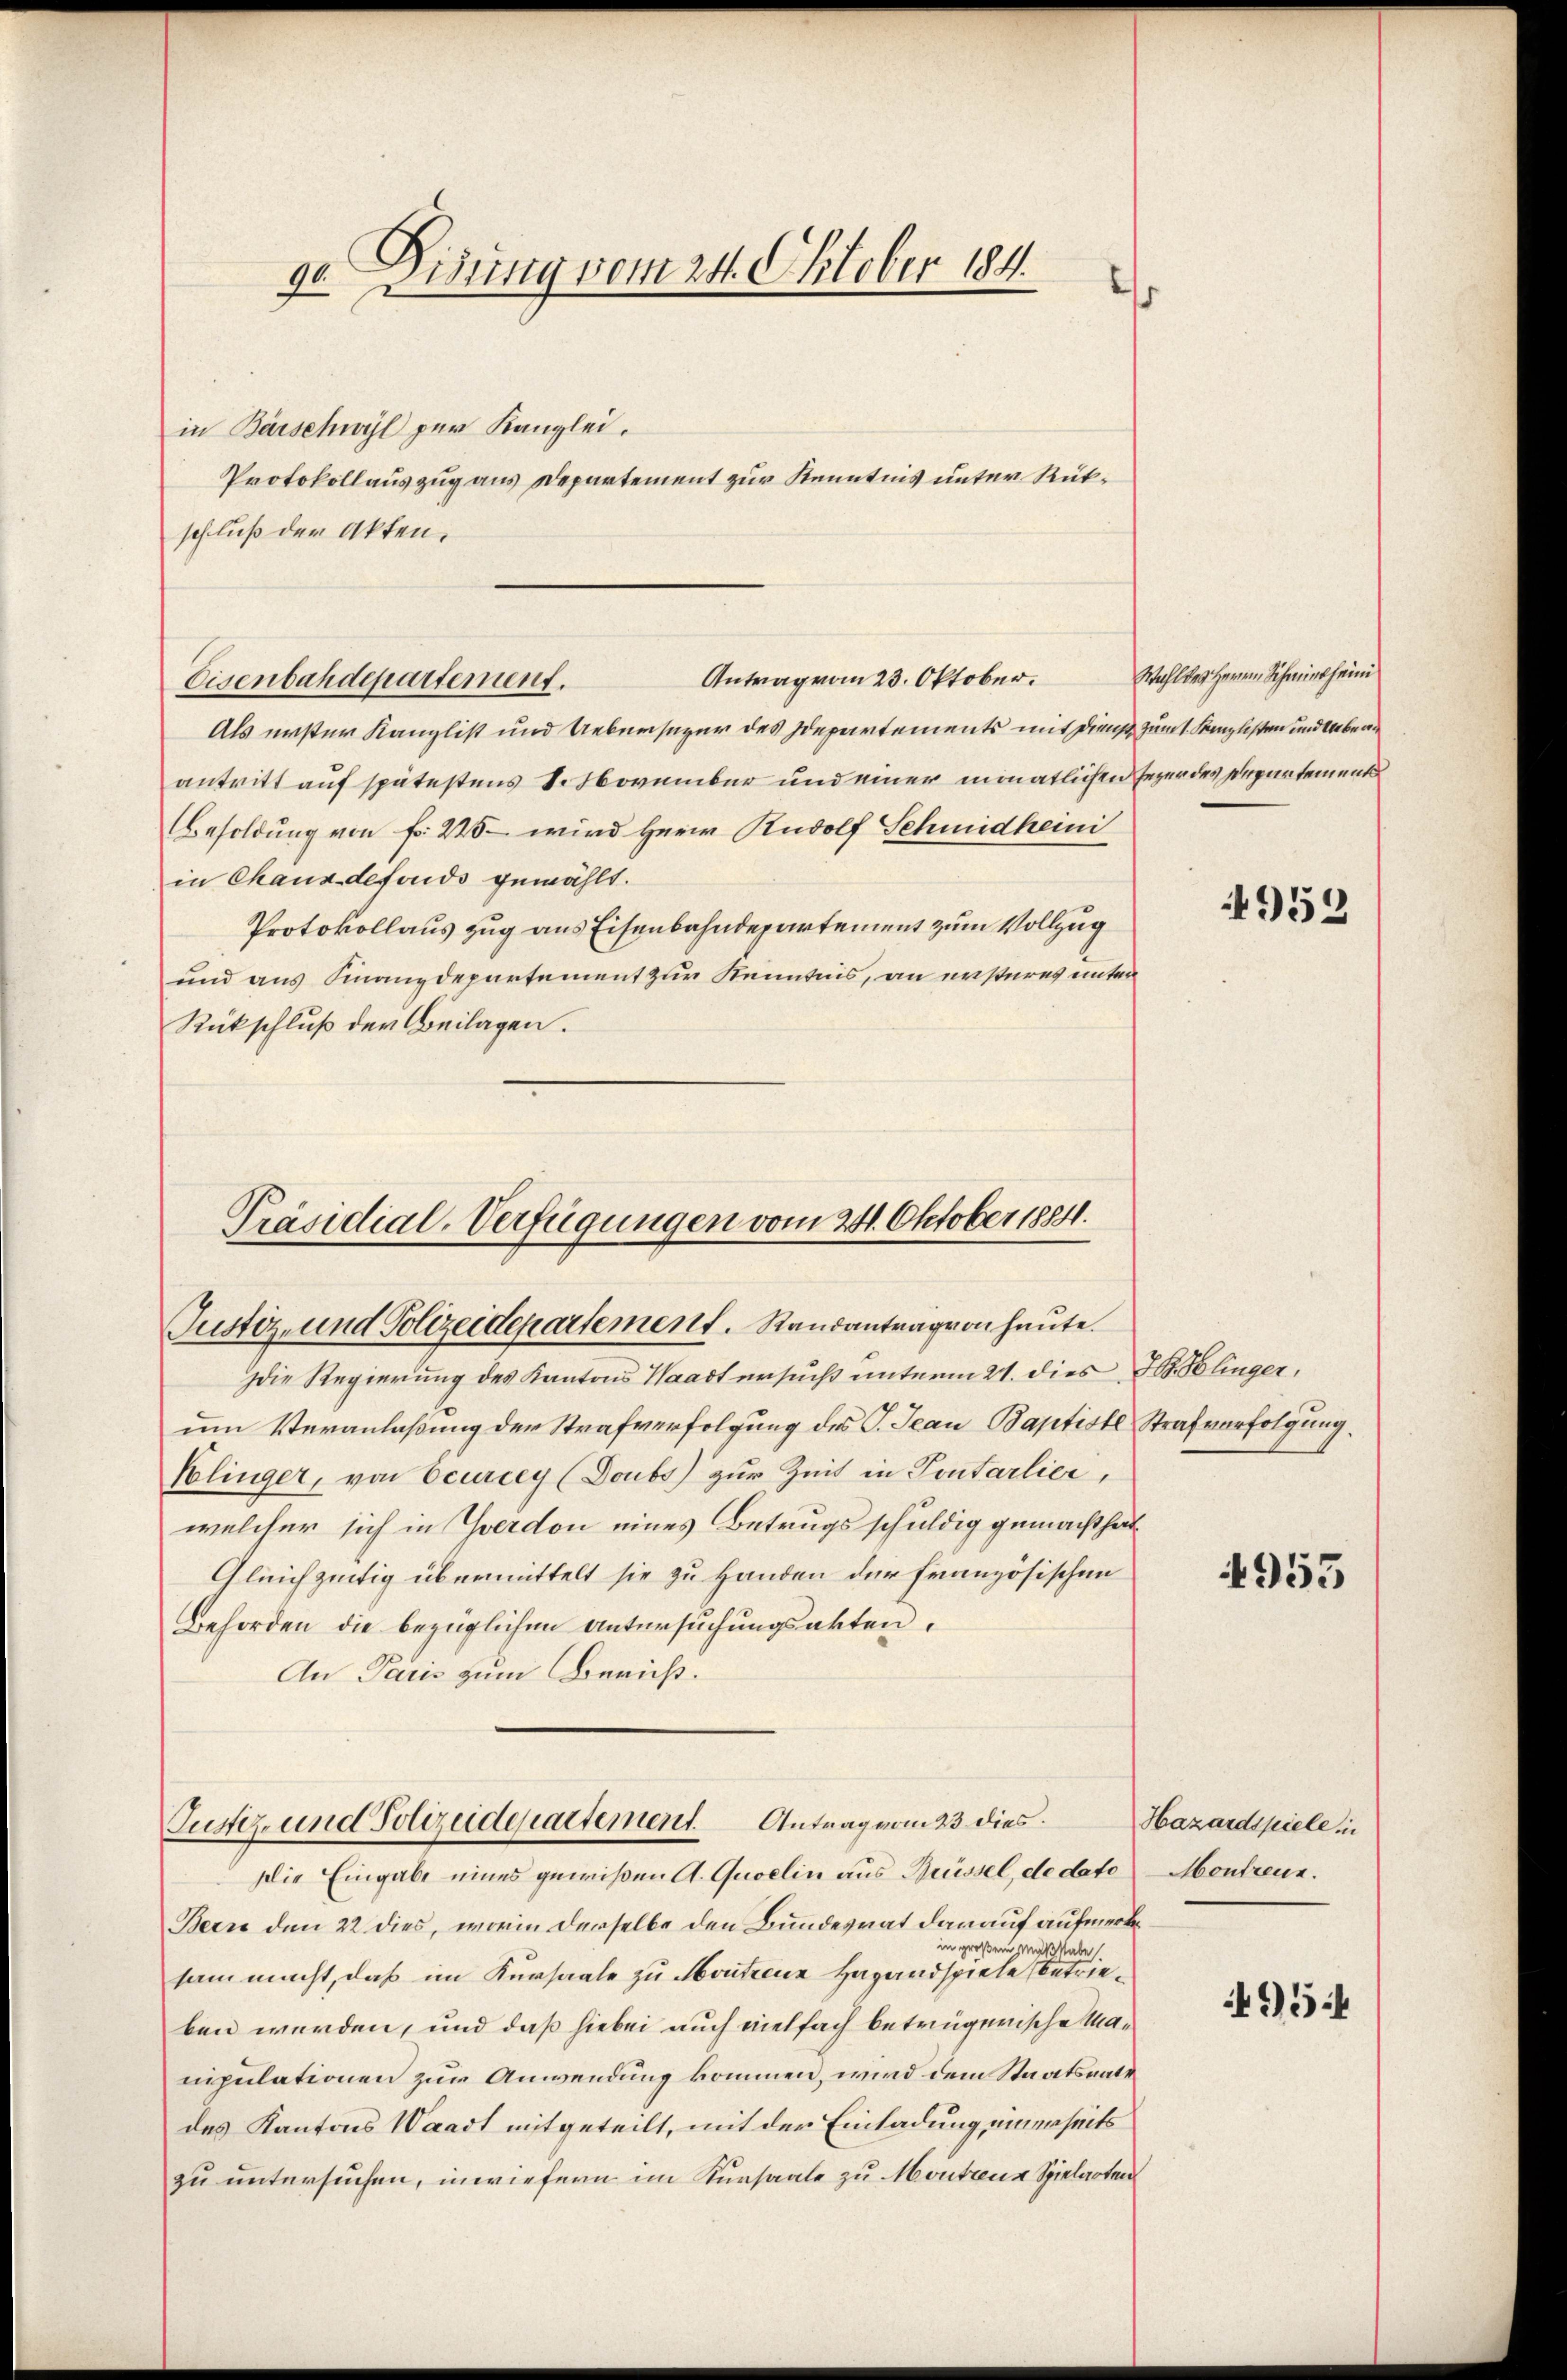
de. Disung vom 24. Oktober 184

in Barschwyl zur Kanzlei.
schluß der Akten.
Als erster Kanzlist und Uebersager des Departements mit Dienst zum 1. Kanzlisten und Ueberantritt auf spätestens S. November und einer monatlichen Erzer des Departement
Besoldung von Fr. 240 – wird Herrn Rudolf Schmidheini
in Chaux-defonds gewählt.
Protokollaus zug aus Eisenbahndepartement zum Vollzug
und aus Finanzdepartement zur Kenntnis, an ersteres unter
Rückschluß der Beilagen.

Protokollauszug aus Departement zur Kenntnis unter Rük¬

Antrag vom 23. Oktober.
Eisenbahdepartement.

Präsidial-Verfügungen vom 24. Oktober 18811.
Justiz- und Polizeidepartement. Randantrag von heute.

Die Regierung des Kantons Waadt ersucht unterm 21. dies
um Veranlaßung der Strafverfolgung des G. Jean Baptiste Strafverfolgung.
Klinger, von Ocurley (Doubs zur Zeit in Pontarlier,
welcher sich in Yverdon eines Betrugsschuldig gemacht hät
Gleichzeitig übermittelt sie zu Handen der französischen
Behörden die bezüglichen Untersuchungsakten.
An Paris zum Beruht.

Justiz- und Polizeidepartement. Antrag vom 23 dies
Die Eingabe eines gewißen A. Quoelin aus Brüssel, de dato

Bern den 22. dies, worin derselbe den Bundesrat darauf aufmerke
u großem Maßstabe
sam macht, daß im Kursaale zu Materne Hagandspiele betrieben werden, und daß hiebei auch vielfach betrügerische Manipulationen zur Anwendung kommen, wird dem Staatsantedes Kantons Waadt mitgeteilt, mit der Einladung einerseits
zu untersuchen, inwiefern im Kursaale zu Montens Spielarten

Wahl des Herrn Schmietheim

4952

78 blinger.

4955

Hazardspiele in
Montreux.

4954